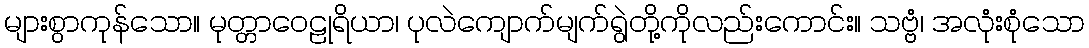
များစွာကုန်သော။ မုတ္တာဝေဠုရိယာ၊ ပုလဲကျောက်မျက်ရွဲတို့ကိုလည်းကောင်း။ သဗ္ဗံ၊ အလုံးစုံသော